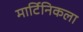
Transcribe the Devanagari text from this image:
मार्टिनिकला